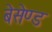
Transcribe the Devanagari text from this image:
बेसेण्ड